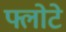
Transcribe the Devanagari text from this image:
फ्लोटे